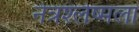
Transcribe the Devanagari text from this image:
नेत्रश्‍लेष्मला